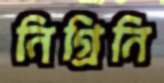
নিগ্রিনি